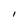
Character: I